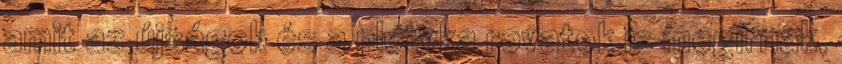
amit az újságok és a pletyka rovatok is megírnak,